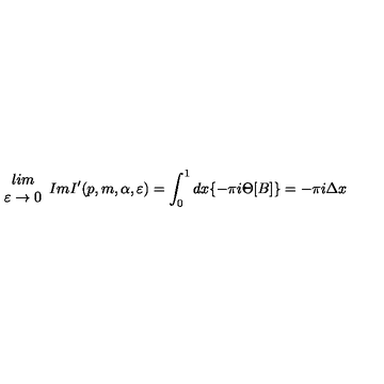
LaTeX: \begin{array} { c } { l i m } \\ { \varepsilon \rightarrow 0 } \\ \end{array} I m I ^ { \prime } ( p , m , \alpha , \varepsilon ) = \int _ { 0 } ^ { 1 } d x \{ - \pi i \Theta [ B ] \} = - \pi i \Delta x